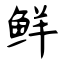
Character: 鲜